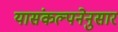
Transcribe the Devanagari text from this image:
यासंकल्पनेनुसार